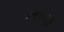
તળા